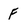
Character: f